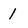
Character: I